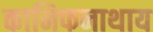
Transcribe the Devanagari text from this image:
कानिफनाथाय